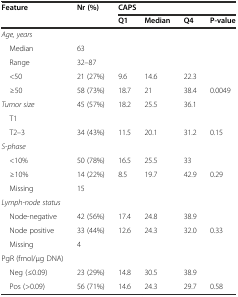
| <ROWSPAN=2> Feature | <ROWSPAN=2> Nr (%) | <COLSPAN=4> CAPS |
 | Q1 | Median | Q4 | P-value |
 | --- | --- | --- | --- | --- | --- |
 | <COLSPAN=6> Age, years |
 | Median | <COLSPAN=5> 63 |
 | Range | <COLSPAN=5> 32–87 |
 | <50 | 21 (27%) | 9.6 | 14.6 | <COLSPAN=2> 22.3 |
 | ≥50 | 58 (73%) | 18.7 | 21 | 38.4 | 0.0049 |
 | Tumor size | 45 (57%) | 18.2 | 25.5 | <COLSPAN=2> 36.1 |
 | <COLSPAN=6> T1 |
 | T2–3 | 34 (43%) | 11.5 | 20.1 | 31.2 | 0.15 |
 | <COLSPAN=6> S-phase |
 | <10% | 50 (78%) | 16.5 | 25.5 | <COLSPAN=2> 33 |
 | ≥10% | 14 (22%) | 8.5 | 19.7 | 42.9 | 0.29 |
 | Missing | <COLSPAN=5> 15 |
 | <COLSPAN=6> Lymph-node status |
 | Node-negative | 42 (56%) | 17.4 | 24.8 | <COLSPAN=2> 38.9 |
 | Node positive | 33 (44%) | 12.6 | 24.3 | 32.0 | 0.33 |
 | Missing | <COLSPAN=5> 4 |
 | PgR (fmol/μg DNA) |  |  |  |  |  |
 | Neg (≤0.09) | 23 (29%) | 14.8 | 30.5 | <COLSPAN=2> 38.9 |
 | Pos (>0.09) | 56 (71%) | 14.6 | 24.3 | 29.7 | 0.58 |